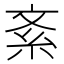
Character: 紊